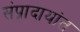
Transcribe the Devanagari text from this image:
संप्रादायांत